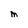
Character: M